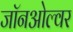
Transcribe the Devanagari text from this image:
जॉनओल्वर